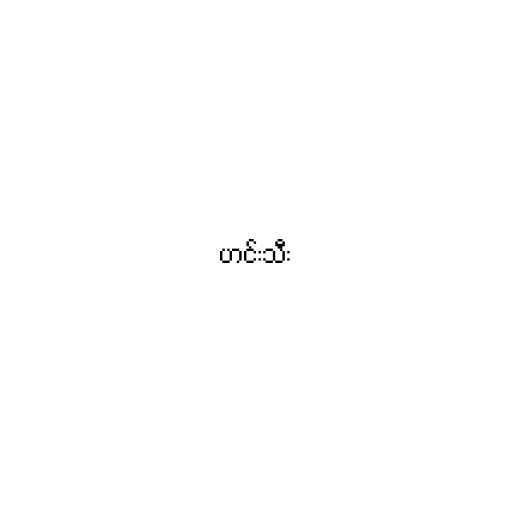
ဟင်းသီး